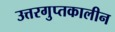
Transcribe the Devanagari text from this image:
उत्तरगुप्तकालीन